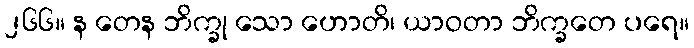
၂၆၆။ န တေန ဘိက္ခု သော ဟောတိ၊ ယာဝတာ ဘိက္ခတေ ပရေ။